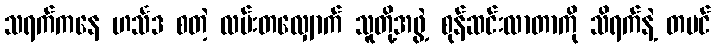
သရက်ကနေ ဟင်္သဒ စတဲ့ လမ်းတလျှောက် သူတို့အဖွဲ့ စုန်ဆင်းလာတာကို သိရက်နဲ့ တမင်